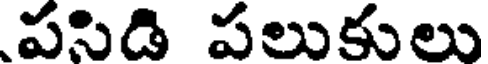
పిడి పలుకులు